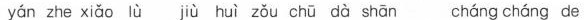
yan zhe xiao lu jiu hui zou chu da shan chang chang de